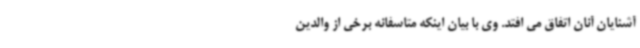
آشنایان آنان اتفاق می افتد. وی با بیان اینکه متاسفانه برخی از والدین